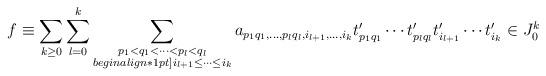
LaTeX: \begin{align*} f \equiv \sum_{k \geq 0} \sum_{l=0}^k \sum_{\substack{p_1<q_1<\cdots<p_l<q_l \\begin{align*}1pt] i_{l+1} \leq \cdots \leq i_k}} a_{p_1q_1,\ldots, p_lq_l, i_{l+1}, \ldots, i_{k}} t_{p_1q_1}' \cdots t_{p_lq_l}'t_{i_{l+1}}' \cdots t_{i_k}' \in J_0^k \end{align*}